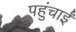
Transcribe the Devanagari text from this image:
पहुंचाईं